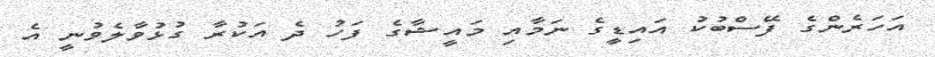
އަހަރެންގެ ފޭސްބުކު އައިޑީގެ ނަމާއި މައީޝާގެ ފަހު ދެ އަކުރާ ގުޅުވާލެވުނީ އެ